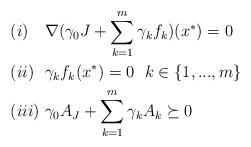
LaTeX: \begin{align*} &(i)\ \ \ \nabla(\gamma_0J+\sum\limits_{k=1}^m\gamma_k f_k)(x^*)=0\\ &(ii)\ \ \gamma_kf_k(x^*)=0\ \ k\in\{1,...,m\}\\ &(iii)\ \gamma_{0}A_J+\sum\limits_{k=1}^m\gamma_kA_k\succeq0 \end{align*}